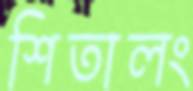
শিতালং